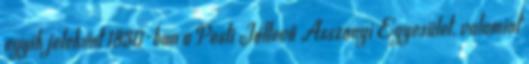
egyik jeleként 1830-ban a Pesti Jóltevő Asszonyi Egyesület, valamint